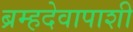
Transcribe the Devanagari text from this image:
ब्रम्हदेवापाशी